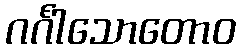
ဂင်္ဂါသောတောဝ